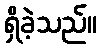
ရှိခဲ့သည်။